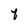
Character: 7